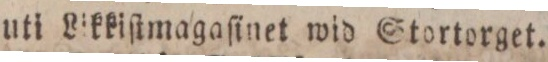
uti Likkiſtmagaſinet wid Stortorget.